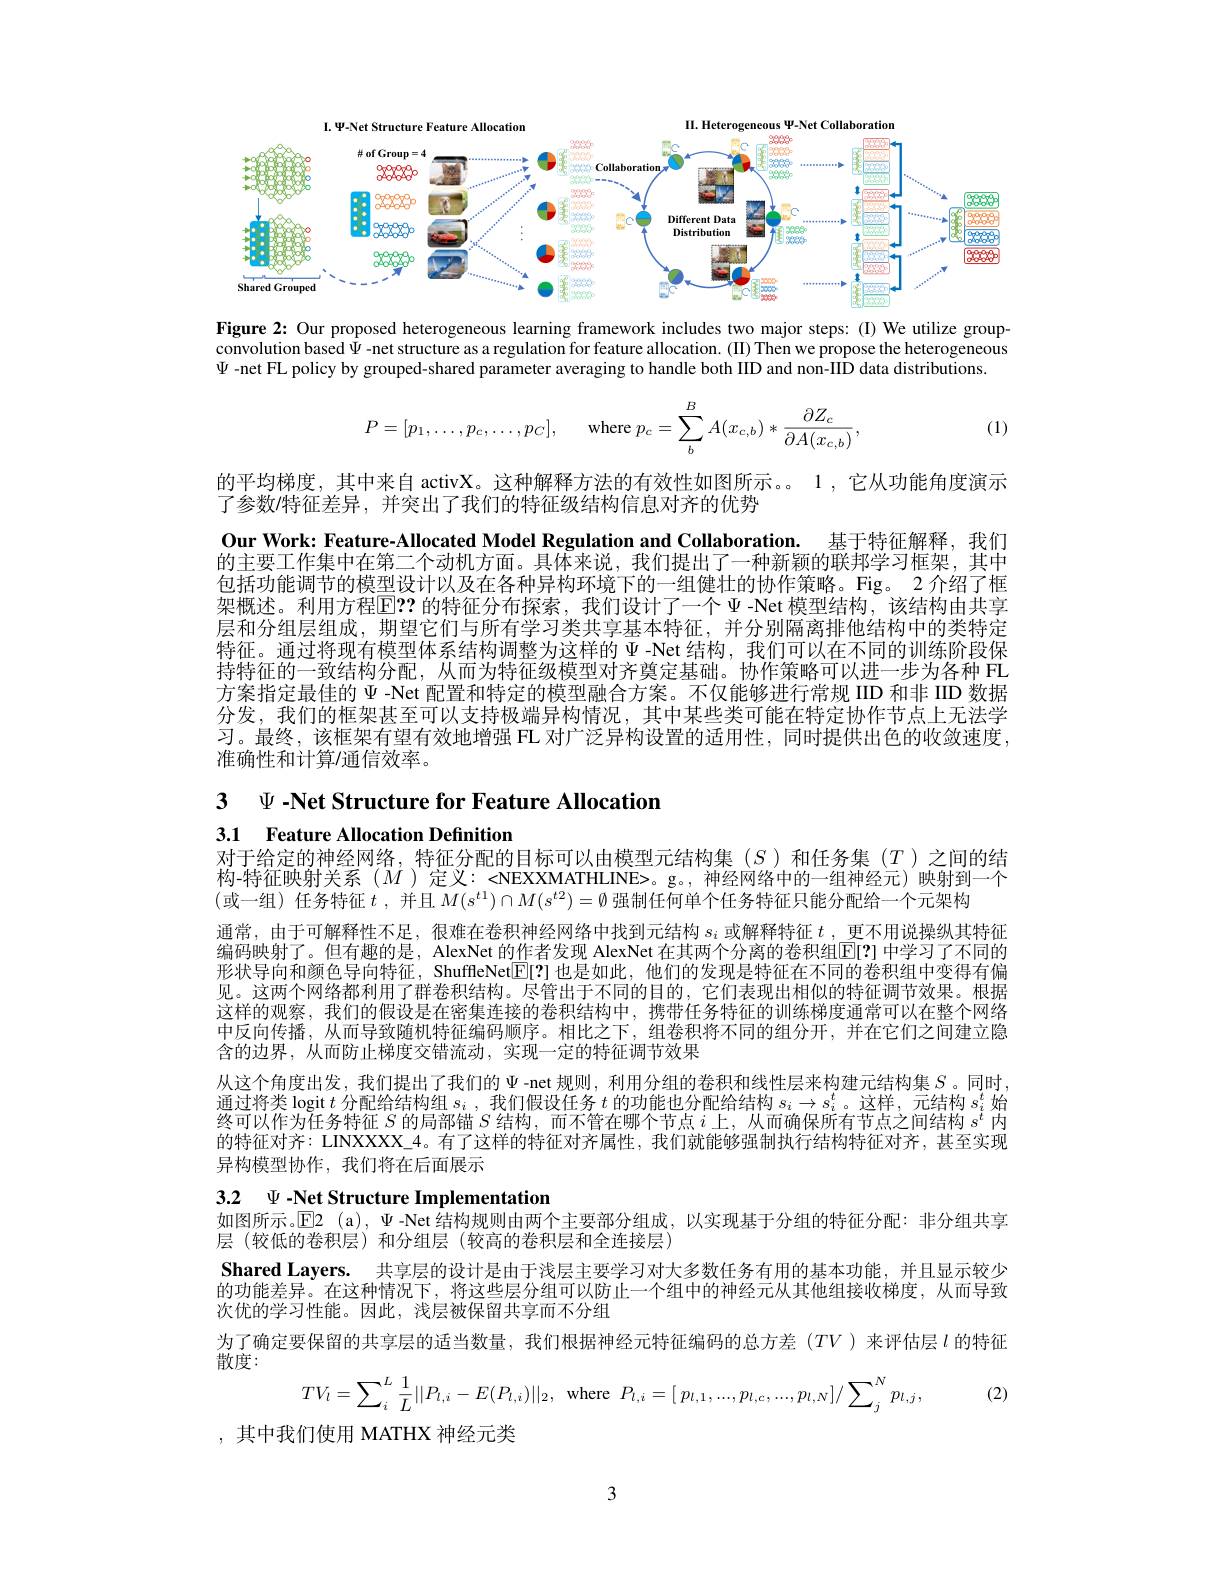
<FigureHere>
Figure 2: Our proposed heterogeneous learning framework includes two major steps: (I) We utilize group-

convolution based $\Psi$ -net structure as a regulation for feature allocation. (II) Then we propose the heterogeneous
$\Psi$ -net FL policy by grouped-shared parameter averaging to handle both IID and non-IID data distributions
$$P=[p_1,\dots,p_c,\dots,p_C],\quad\text{where}p_c=\sum_b^BA(x_{c,b})*\frac{\partial Z_c}{\partial A(x_{c,b})},$$
(1)

的平均梯度，其中来自 activX。这种解释方法的有效性如图所示。。1 ,它从功能角度演示

了参数/特征差异，并突出了我们的特征级结构信息对齐的优势
Our Work: Feature-Allocated Model Regulation and Collaboration. 基于特征解释，我们的主要工作集中在第二个动机方面。具体来说，我们提出了一种新颖的联邦学习框架，其中包括功能调节的模型设计以及在各种异构环境下的一组健壮的协作策略。Fig。2介绍了框架概述。利用方程$\overline{\mathrm{E}}??$ 的特征分布探索，我们设计了一个 $\Psi$ -Net 模型结构，该结构由共享层和分组层组成，期望它们与所有学习类共享基本特征，并分别隔离排他结构中的类特定特征。通过将现有模型体系结构调整为这样的$\Psi$ -Net 结构，我们可以在不同的训练阶段保持特征的一致结构分配，从而为特征级模型对齐奠定基础。协作策略可以进一步为各种 FL 方案指定最佳的$\Psi$ -Net 配置和特定的模型融合方案。不仅能够进行常规 IID 和非 IID 数据分发，我们的框架甚至可以支持极端异构情况，其中某些类可能在特定协作节点上无法学习。最终，该框架有望有效地增强 FL 对广泛异构设置的适用性，同时提供出色的收敛速度， 准确性和计算/通信效率。

3 $\Psi$ -Net Structure for Feature Allocation
3.1 Feature Allocation Definition

对于给定的神经网络，特征分配的目标可以由模型元结构集($S$)和任务集($T$)之间的结构-特征映射关系($M$)定义：<NEXXMATHLINE>。g。,神经网络中的一组神经元)映射到一个(或一组)任务特征 $t$ ,并且 $M(s^t1)\cap M(s^{t2})=\bar{\emptyset\text{ 强制任何单个任务特征只能分配给一个元架构}}$
通常，由于可解释性不足，很难在卷积神经网络中找到元结构$s_i$或解释特征$t$ ,更不用说操纵其特征编码映射了。但有趣的是，AlexNet 的作者发现 AlexNet 在其两个分离的卷积组$\mathbb{E}[?]$ 中学习了不同的形状导向和颜色导向特征，ShuffleNet$\mathbb{E}[?]$也是如此，他们的发现是特征在不同的卷积组中变得有偏见。这两个网络都利用了群卷积结构。尽管出于不同的目的，它们表现出相似的特征调节效果。根据这样的观察，我们的假设是在密集连接的卷积结构中，携带任务特征的训练梯度通常可以在整个网络中反向传播，从而导致随机特征编码顺序。相比之下，组卷积将不同的组分开，并在它们之间建立隐含的边界，从而防止梯度交错流动，实现一定的特征调节效果
从这个角度出发，我们提出了我们的$\Psi$-net 规则，利用分组的卷积和线性层来构建元结构集 $S$ 。同时， 通过将类 logit $t$分配给结构组$s_i$,我们假设任务$t$的功能也分配给结构$s_i\to s_i^t$。这样，元结构$s_i^t$始迪 辽 村 夫 Iogil $t$ 力 直 结 结 何 组 $s_i$, 我 们 似 以 位 为 $t$ 的 功 能 也 力 $s_i\to s_i$ 。区 件 , 儿 结 构 $s_i$ 如 终 可 以 作 为 任 务 特 征 $S$ 的 局 部 锚 $S$ 结 构 , 而 不 管 在 哪 个 节 点 $i$ 上 , 从 而 确 保 所 有 节 点 之 间 结 构 $s^t$ 内的特征对齐：LINXXXX\_4。有了这样的特征对齐属性，我们就能够强制执行结构特征对齐，甚至实现异构模型协作，我们将在后面展示

3.2 $\Psi$ -Net Structure Implementation
如图所示。$\overline{\mathbb{E}}$2 (a), $\Psi$ -Net 结构规则由两个主要部分组成，以实现基于分组的特征分配：非分组共享

层(较低的卷积层)和分组层(较高的卷积层和全连接层)
Shared Layers. 共享层的设计是由于浅层主要学习对大多数任务有用的基本功能，并且显示较少的功能差异。在这种情况下，将这些层分组可以防止一个组中的神经元从其他组接收梯度，从而导致次优的学习性能。因此，浅层被保留共享而不分组
为了确定要保留的共享层的适当数量，我们根据神经元特征编码的总方差($TV$)来评估层$l$ 的特征
散度：
$$TV_{l}=\sum_{i}^{L}\frac{1}{L}||P_{l,i}-E(P_{l,i})||_{2},\:\mathrm{where}\:P_{l,i}=[\:p_{l,1},...,p_{l,c},...,p_{l,N}]/\sum_{j}^{N}p_{l,j},$$
(2)

,其中我们使用 MATHX 神经元类

3